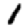
Digit: 1